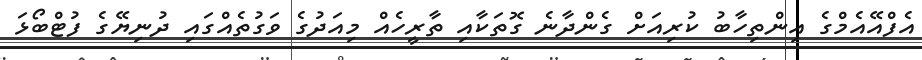
އެފްއޭއެމްގެ އިންތިހާބު ކުރިއަށް ގެންދާނެ ގޮތަކާއި ތާރީހެއް މިއަދުގެ ވަގުތެއްގައި ދުނިޔޭގެ ފުޓްބޯޅަ